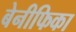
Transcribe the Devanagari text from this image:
बेनीफिका